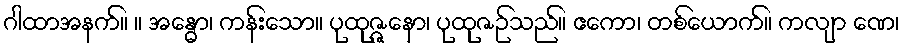
ဂါထာအနက်။ ။ အန္ဓော၊ ကန်းသော။ ပုထုဇ္ဇနော၊ ပုထုဇဉ်သည်။ ဧကော၊ တစ်ယောက်။ ကလျာ ဏေ၊